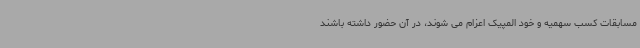
مسابقات کسب سهمیه و خود المپیک اعزام می شوند، در آن حضور داشته باشند